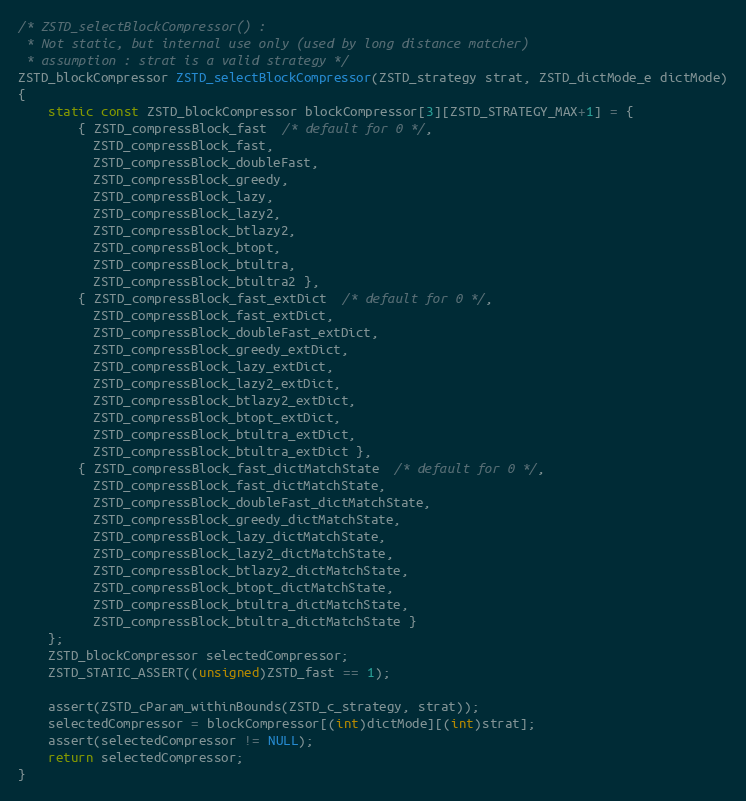
Language: C
/* ZSTD_selectBlockCompressor() :
 * Not static, but internal use only (used by long distance matcher)
 * assumption : strat is a valid strategy */
ZSTD_blockCompressor ZSTD_selectBlockCompressor(ZSTD_strategy strat, ZSTD_dictMode_e dictMode)
{
    static const ZSTD_blockCompressor blockCompressor[3][ZSTD_STRATEGY_MAX+1] = {
        { ZSTD_compressBlock_fast  /* default for 0 */,
          ZSTD_compressBlock_fast,
          ZSTD_compressBlock_doubleFast,
          ZSTD_compressBlock_greedy,
          ZSTD_compressBlock_lazy,
          ZSTD_compressBlock_lazy2,
          ZSTD_compressBlock_btlazy2,
          ZSTD_compressBlock_btopt,
          ZSTD_compressBlock_btultra,
          ZSTD_compressBlock_btultra2 },
        { ZSTD_compressBlock_fast_extDict  /* default for 0 */,
          ZSTD_compressBlock_fast_extDict,
          ZSTD_compressBlock_doubleFast_extDict,
          ZSTD_compressBlock_greedy_extDict,
          ZSTD_compressBlock_lazy_extDict,
          ZSTD_compressBlock_lazy2_extDict,
          ZSTD_compressBlock_btlazy2_extDict,
          ZSTD_compressBlock_btopt_extDict,
          ZSTD_compressBlock_btultra_extDict,
          ZSTD_compressBlock_btultra_extDict },
        { ZSTD_compressBlock_fast_dictMatchState  /* default for 0 */,
          ZSTD_compressBlock_fast_dictMatchState,
          ZSTD_compressBlock_doubleFast_dictMatchState,
          ZSTD_compressBlock_greedy_dictMatchState,
          ZSTD_compressBlock_lazy_dictMatchState,
          ZSTD_compressBlock_lazy2_dictMatchState,
          ZSTD_compressBlock_btlazy2_dictMatchState,
          ZSTD_compressBlock_btopt_dictMatchState,
          ZSTD_compressBlock_btultra_dictMatchState,
          ZSTD_compressBlock_btultra_dictMatchState }
    };
    ZSTD_blockCompressor selectedCompressor;
    ZSTD_STATIC_ASSERT((unsigned)ZSTD_fast == 1);

    assert(ZSTD_cParam_withinBounds(ZSTD_c_strategy, strat));
    selectedCompressor = blockCompressor[(int)dictMode][(int)strat];
    assert(selectedCompressor != NULL);
    return selectedCompressor;
}